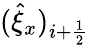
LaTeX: (\hat{\xi}_{x})_{i+\frac{1}{2}}